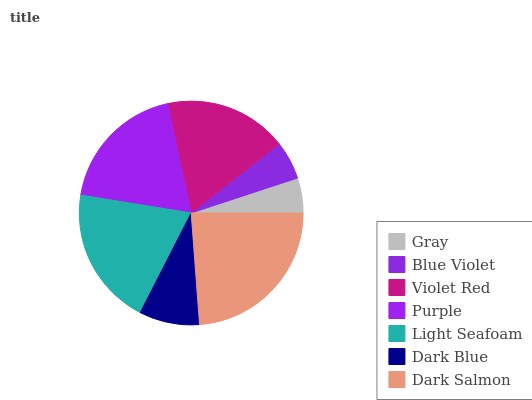
| Gray | Blue Violet | Violet Red | Purple | Light Seafoam | Dark Blue | Dark Salmon |
 | --- | --- | --- | --- | --- | --- | --- |
 | 5.04% | 5.53% | 17.8% | 19.1% | 20% | 8.71% | 23.8% |